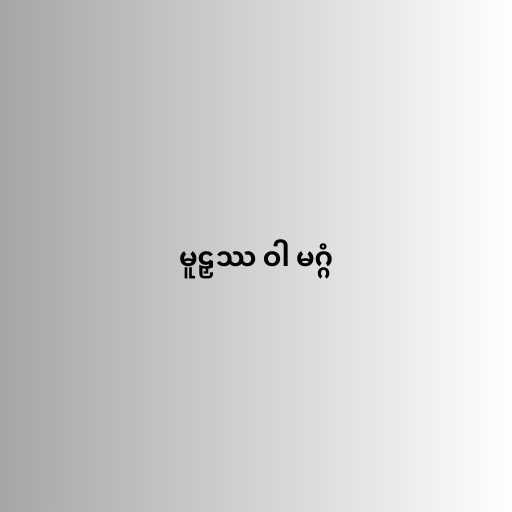
မူဠှဿ ဝါ မဂ္ဂံ